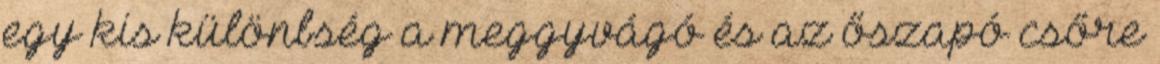
egy kis különbség a meggyvágó és az őszapó csőre